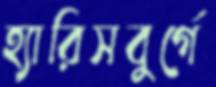
হ্যারিসবুর্গে